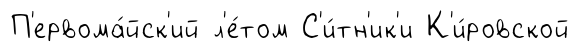
П'ервома́йск'ий л'е́том С'и́тн'ик'и К'и́ровской